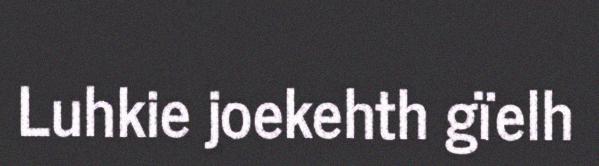
Luhkie joekehth gïelh